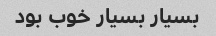
بسیار بسیار خوب بود